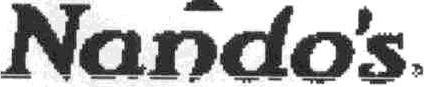
NANDO'S,